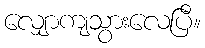
လျှောကျသွားလေပြီ။